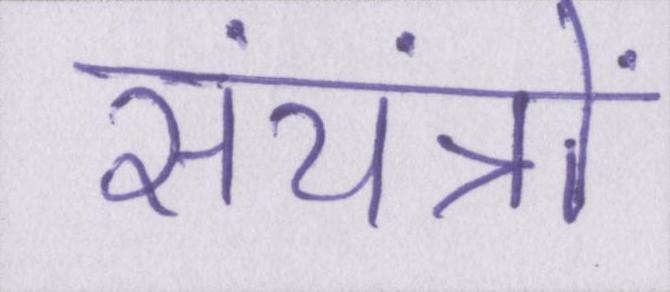
संयंत्रों